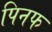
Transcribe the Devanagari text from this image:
पिनफ